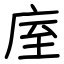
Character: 庢